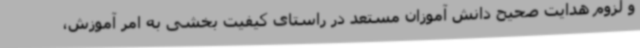
و لزوم هدایت صحیح دانش آموزان مستعد در راستای کیفیت بخشی به امر آموزش،